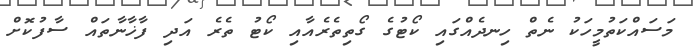
މަސައްކަތުމީހަކު ނެތް ހިނދެއްގައި ކޯޓުގެ ގޯތިތެރެއާއި ކޯޓު ތެރެ އަދި ފާޚާނާތައް ސާފުކޮށް